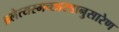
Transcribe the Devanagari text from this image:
ब्रलेत्यस्मच्छास्त्रानुसारेण